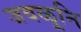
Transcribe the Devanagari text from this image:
जवळूनि